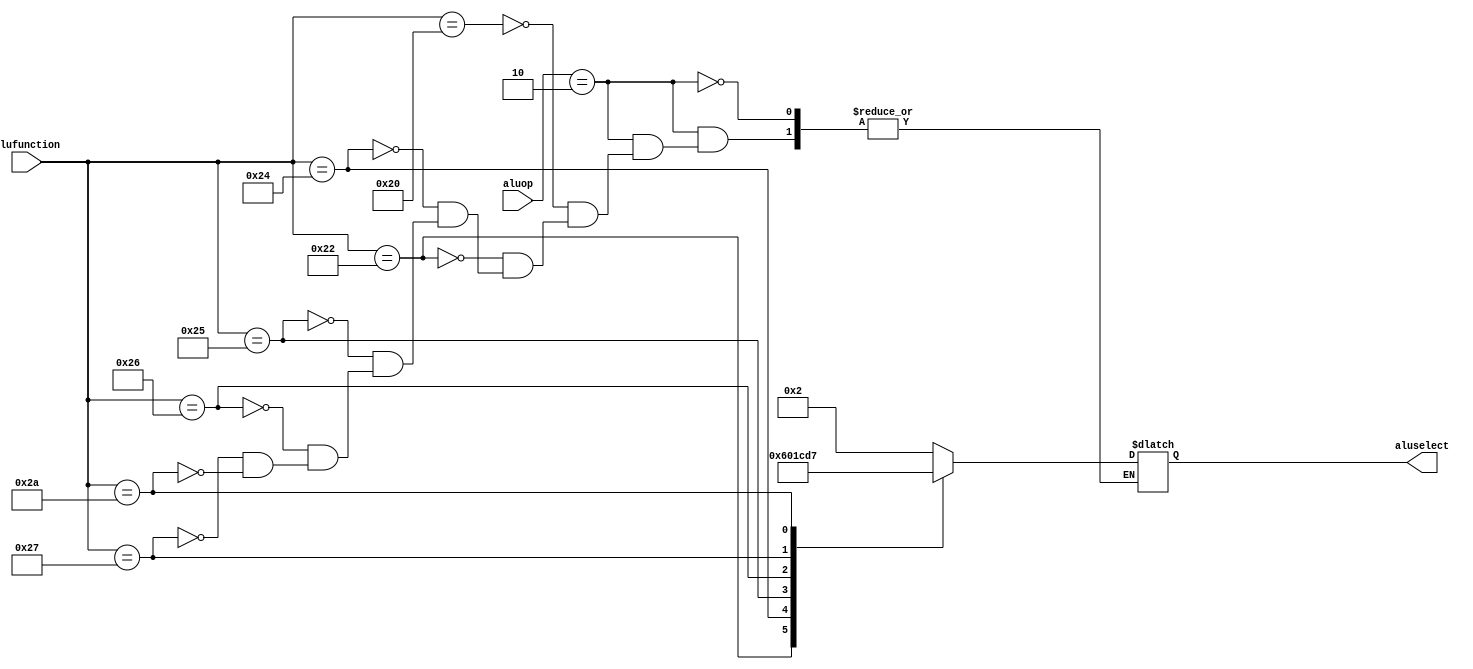
`timescale 1ns / 1ps
//////////////////////////////////////////////////////////////////////////////////
// Company: 
// 
// Design Name: 
// Module Name: alu_control
// Project Name: Single Cycle CPU
// Target Devices: 
// Tool Versions: 
// Description: 
// 
// Dependencies: 
// 
// Revision:
// Revision 0.01 - File Created
// Additional Comments:
// 
//////////////////////////////////////////////////////////////////////////////////


module alu_control(aluop, alufunction, aluselect);
    input [1:0] aluop;
    input [5:0] alufunction;
    output reg [3:0] aluselect;
    
    always@(*)
    begin
        if(aluop == 2'b10) begin
            case(alufunction)
                6'b100000: aluselect = 4'b0010; //add
                6'b100010: aluselect = 4'b0110; //sub
                6'b100100: aluselect = 4'b0000; //and
                6'b100101: aluselect = 4'b0001; //or
                6'b100110: aluselect = 4'b1100; //nor
                6'b100111: aluselect = 4'b1101; //nand
                6'b101010: aluselect = 4'b0111; //slt                
            endcase
        end
    end
endmodule